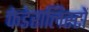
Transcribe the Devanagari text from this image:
फेडेरालिस्टों